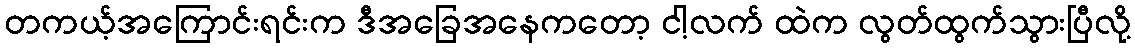
တကယ့်အကြောင်းရင်းက ဒီအခြေအနေကတော့ ငါ့လက် ထဲက လွတ်ထွက်သွားပြီလို့